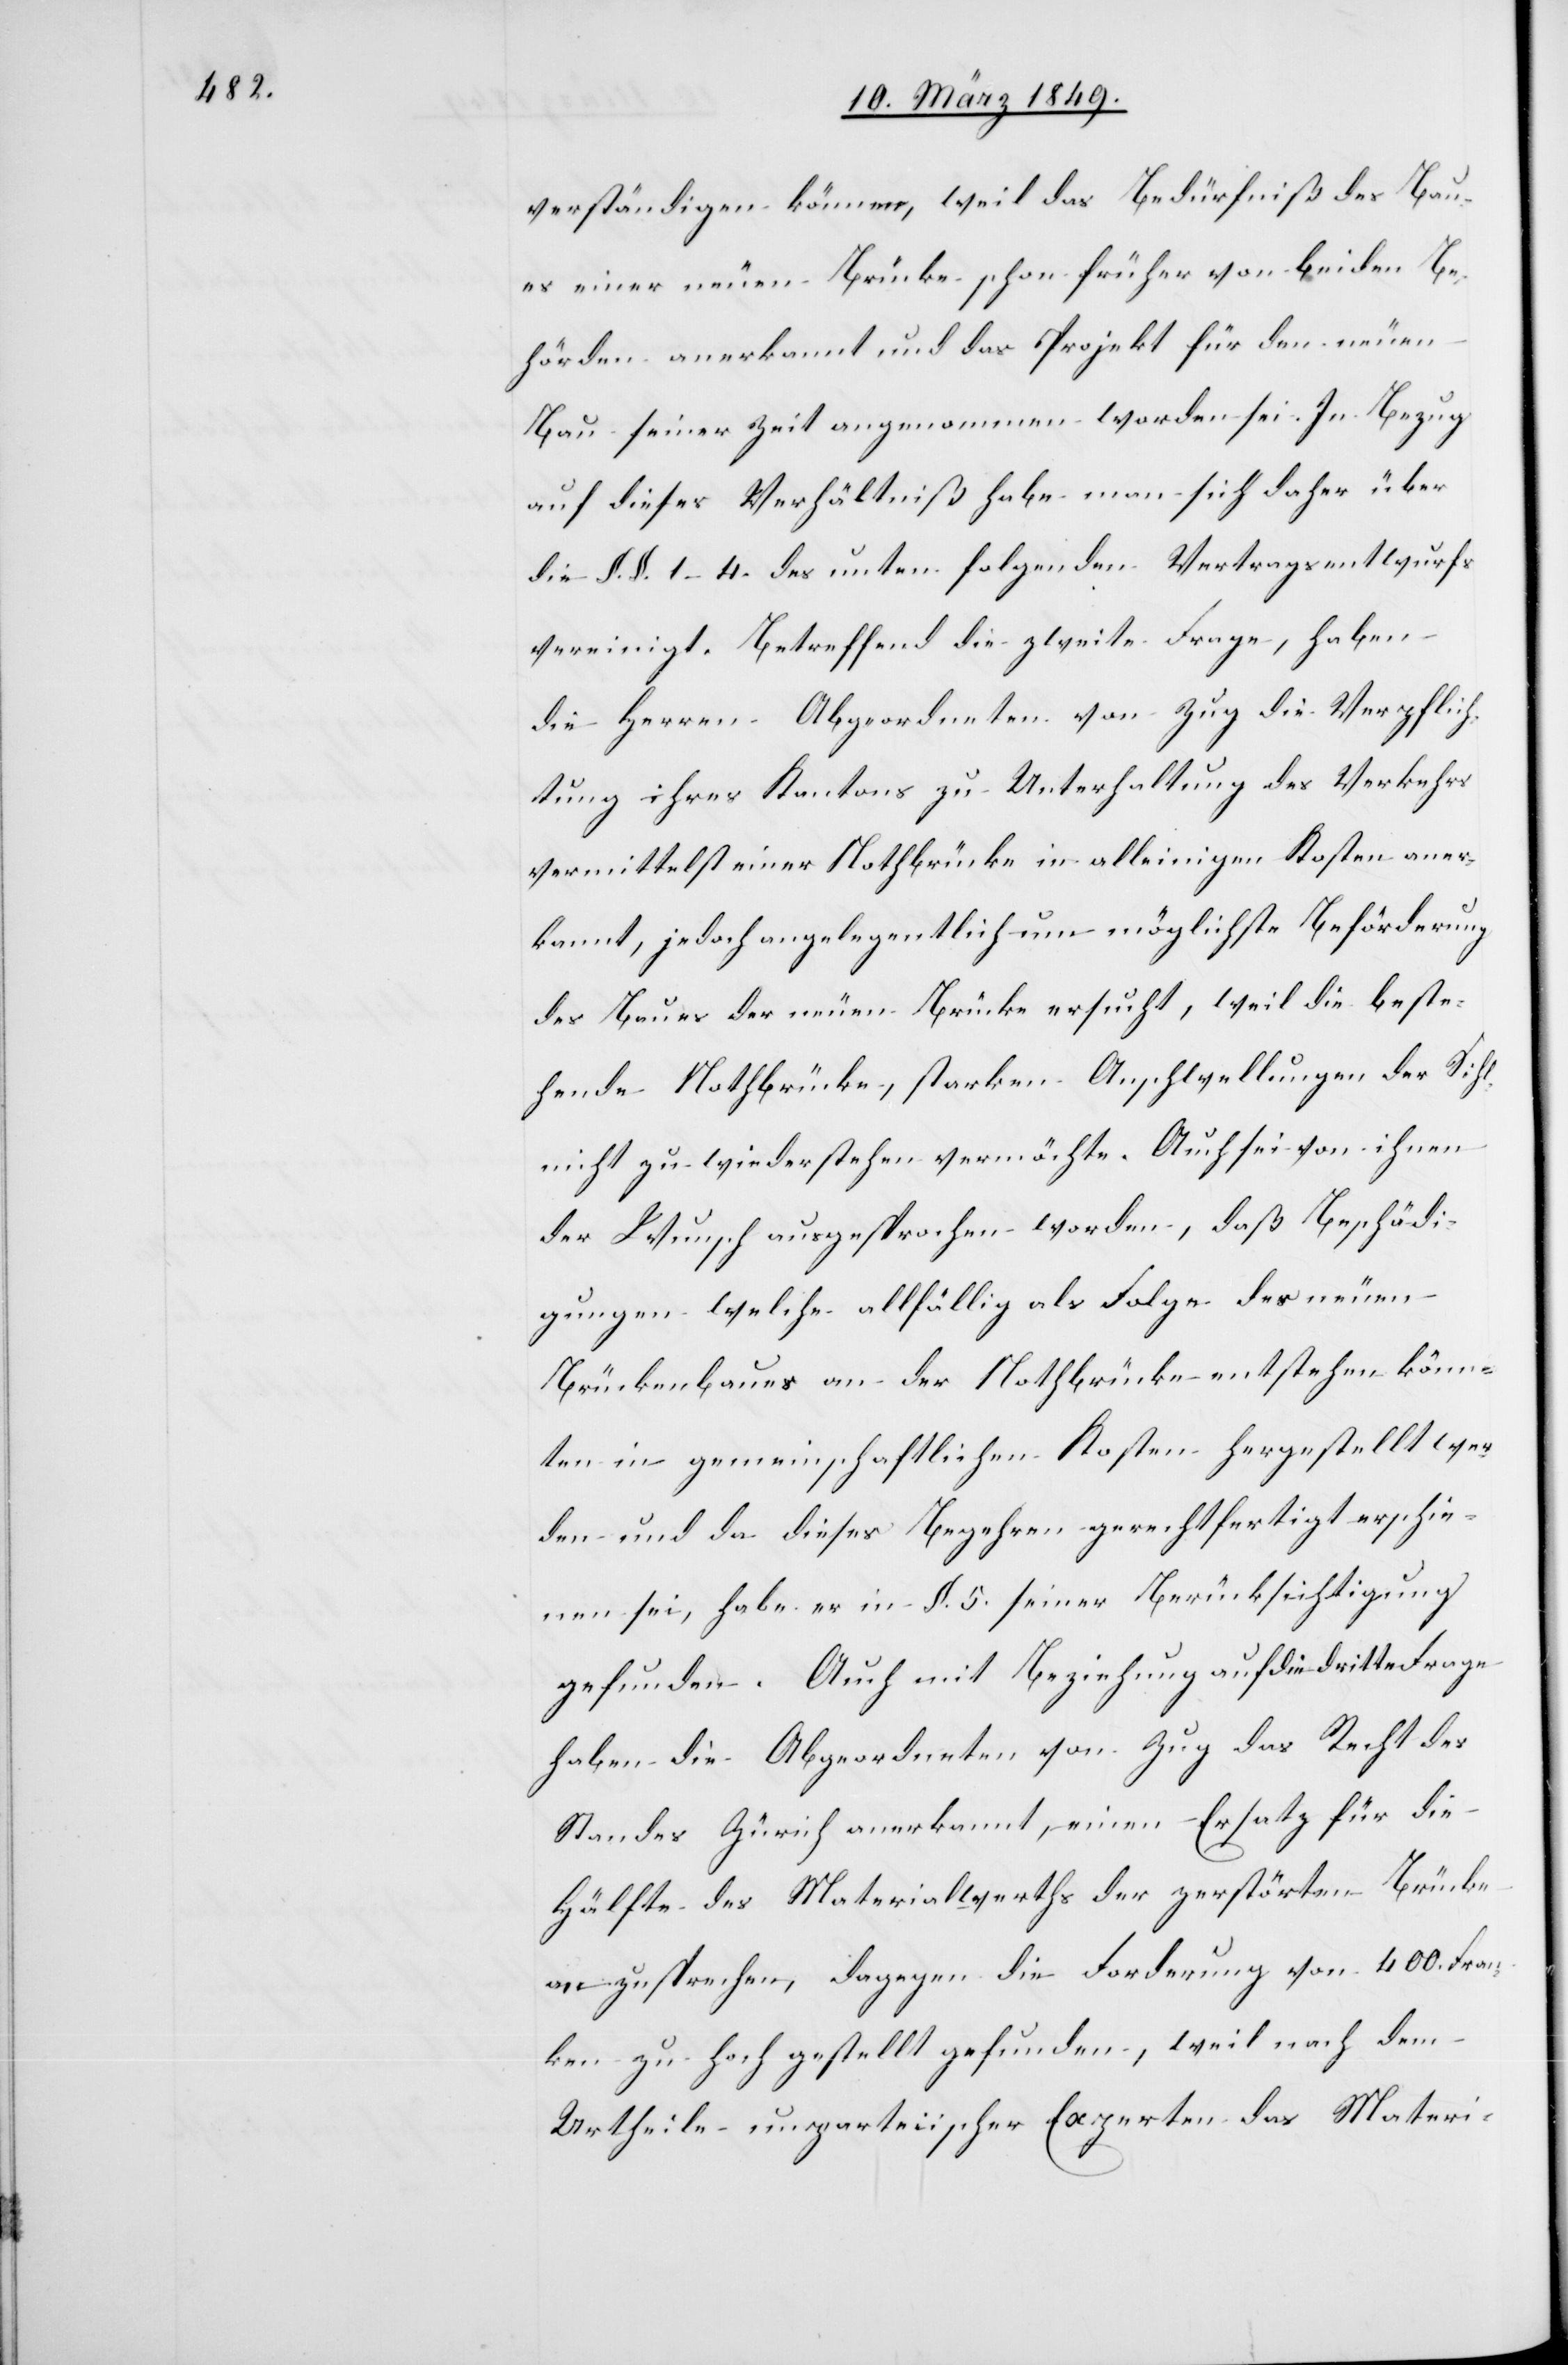
verständigen können, weil das Bedürfniß des Bau¬
es einer neuen Brücke schon früher von beiden Be¬
hörden anerkannt und das Projekt für den neuen
Bau seiner Zeit angenommen worden sei. In Bezug
auf dieses Verhältniß habe man sich daher über
die §. §. 1–4. des unten folgenden Vertragsentwurfs
vereinigt. Betreffend die zweite Frage, haben
die Herren Abgeordneten von Zug die Verpflich¬
tung ihres Kantons zu Unterhaltung des Verkehrs
vermittelst einer Nothbrücke in alleinigen Kosten aner¬
kannt, jedoch angelegentlich um möglichste Beförderung
des Baues der neuen Brücke ersucht, weil die beste¬
hende Nothbrücke, starken Anschwellungen der Sihl
nicht zu wiederstehen vermöchte. Auch sei von ihnen
der Wunsch ausgesprochen worden, daß Beschädi¬
gungen welche allfällig als Folge des neuen
Brückenbaues an der Nothbrücke entstehen könn¬
ten in gemeinschaftlichen Kosten hergestellt wer¬
den und da dieses Begehren gerechtfertigt erschie¬
nen sei, habe er [sic!] in §. 5. seiner Berücksichtigung
gefunden. Auch mit Beziehung auf die dritte Frage
haben die Abgeordneten von Zug das Recht des
Standes Zürich anerkannt, einen Ersatz für die
Hälfte des Materialwerths der zerstörten Brücke
anzusprechen, dagegen die Forderung von 400. Fran¬
ken zu hoch gestellt gefunden, weil nach dem
Urtheile unparteiischer Experten das Materi-